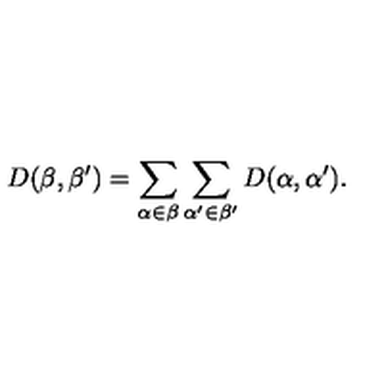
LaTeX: D ( \beta , \beta ^ { \prime } ) = \sum _ { \alpha \in \beta } \sum _ { \alpha ^ { \prime } \in \beta ^ { \prime } } D ( \alpha , \alpha ^ { \prime } ) .